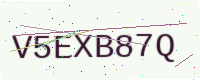
Text: V5EXB87Q